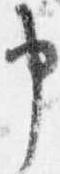
申